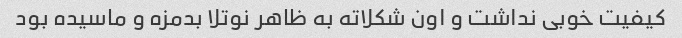
کیفیت خوبی نداشت و اون شکلاته به ظاهر نوتلا بدمزه و ماسیده بود